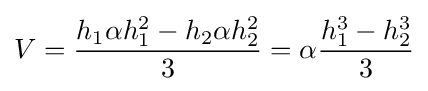
V={\frac {h_{1}\alpha h_{1}^{2}-h_{2}\alpha h_{2}^{2}}{3}}=\alpha {\frac {h_{1}^{3}-h_{2}^{3}}{3}}